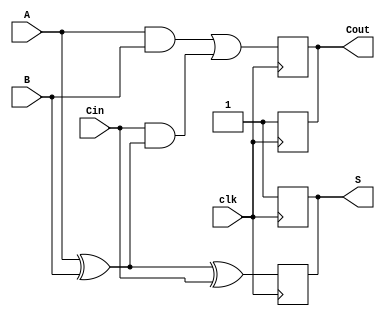
module dynamic_full_adder (
    input wire A,      // First input bit
    input wire B,      // Second input bit
    input wire Cin,    // Carry-in bit
    input wire clk,    // Clock signal
    output reg S,      // Sum output
    output reg Cout    // Carry-out output
);

// Internal signals for precharge and evaluation
reg precharge; // Signal to indicate precharge phase

always @(posedge clk) begin
    // Precharge phase
    precharge <= 1'b1; // Set precharge high
    S <= 1'b1;         // Precharge sum output to 1
    Cout <= 1'b1;      // Precharge carry-out output to 1
end

always @(negedge clk) begin
    // Evaluation phase
    precharge <= 1'b0; // End precharge phase
    
    // Evaluate the logic based on inputs
    S <= A ^ B ^ Cin; // Sum output as A XOR B XOR Cin
    Cout <= (A & B) | (Cin & (A ^ B)); // Carry-out output
end

endmodule